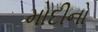
મોદીનો